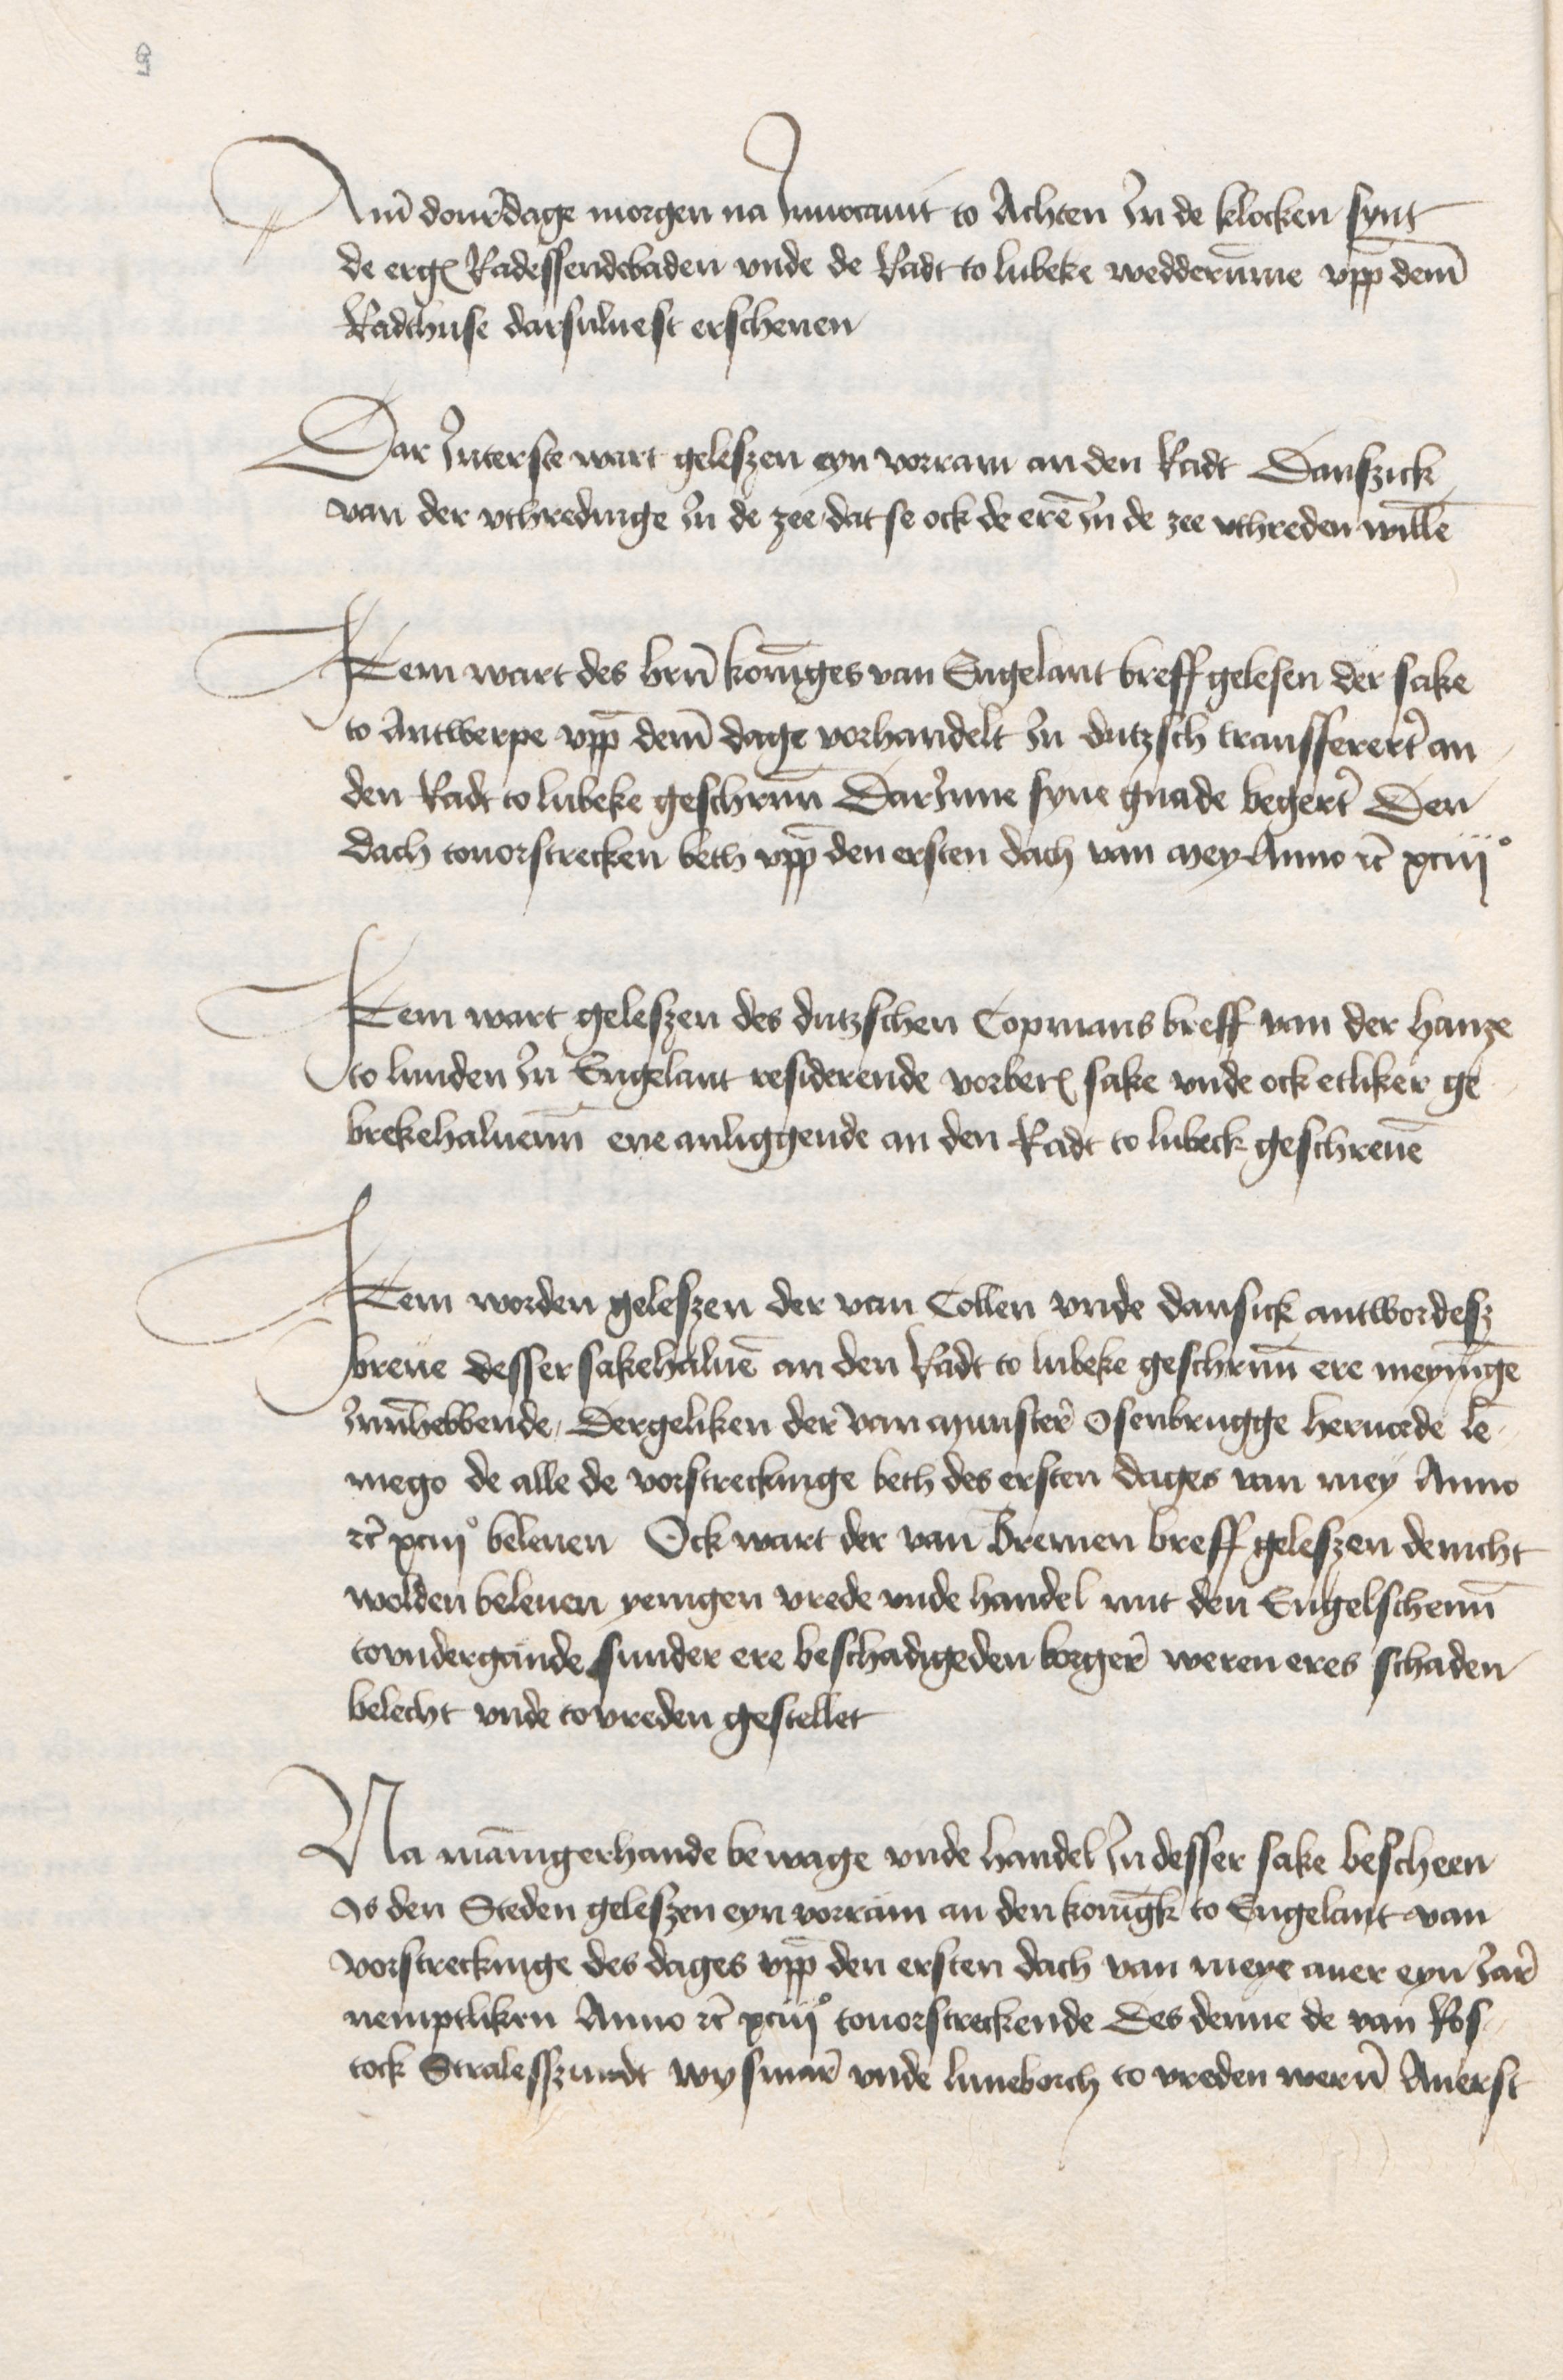
Ame donredage morgen na Jnuocauit to Achten Jn de klocken synt
de ergenomden Radessendebaden vnde de Radt to Lubeke wedderumme vppe deme
Radthuse darsuluest erschenen

Dar Interse wirt geleszen eyn vorram an den Radt Danszick
van der vthredinge Jn de zee dat se ock de eren Jn de zee vthreden willen

Jtem wart des heren koninges van Engelant breff gelesen der sake
to Antwerpe vppe deme dage vorhandelt Jn dutzsch tansfereret an
den Radt to Lubeke geschreuenn DarJnne syne gnade begeret Den
dach touorstrecken beth vppe den ersten dach van Mey Anno etc xciijo

Jtem wart geleszen des dutzschen Copmans breff van der Hanze
to Lunden Jn Engelant residerende vorberorte sake vnde ock etliker ge¬
brekehaluenen ene anliggende an den Radt to Lubeck geschreuen

Jtem worden geleszen der van Collen vnde Dansick antwordesz
breue desser sakehaluen an den Radt to Lubeke geschreuenn ere meyninge
Innehebbende, Dergeliken der van Munstere Osenbrugge Heruorde Lem¬
mego de alle de vorstreckinge beth des ersten dages van mey Anno
etc xciijo beleuen Ock wart der van Bremen breff geleszen denicht
wolden beleuen yenigen vrede vnde handel mit den Engelschenn
to vndergande sunder ere beschadigeden borgere weren eres schaden
belecht vnde tovreden gestellet

Na mannigerhande bewage vnde Handel Jn desser sake bescheen
Is den Steden geleszen eyn vorram an den koningk to Engelant van
vorstreckunge des dages vppe den ersten dach van meye auer eyn Jare
nemptliken Anno etc xciijo touorstreckende Des denne de van Ros¬
tock Stalesszundt Wysmare vnde Luneborch to vreden weren Auerst